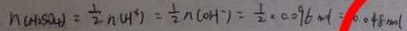
n ( H _ { 2 } S O _ { 4 } ) = \frac { 1 } { 2 } n ( H ^ { 3 } ) = \frac { 1 } { 2 } n ( O H ) = \frac { 1 } { 2 } \times 0 . 0 9 6 m l = 0 . 0 4 8 m o l